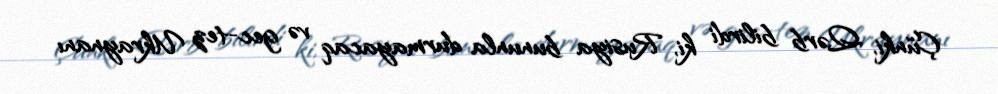
Çünki, Qərb bilirdi ki, Rusiya bununla durmayacaq və gec-tez Ukraynanı